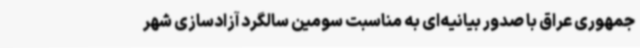
جمهوری عراق با صدور بیانیه‌ای به مناسبت سومین سالگرد آزادسازی شهر